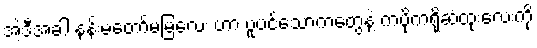
အဲ့ဒီအခါ နန်းမတော်မမြလေး ဟာ ပူပင်သောကတွေနဲ့ ကပိုကရိုဆံထုံးလေးကို